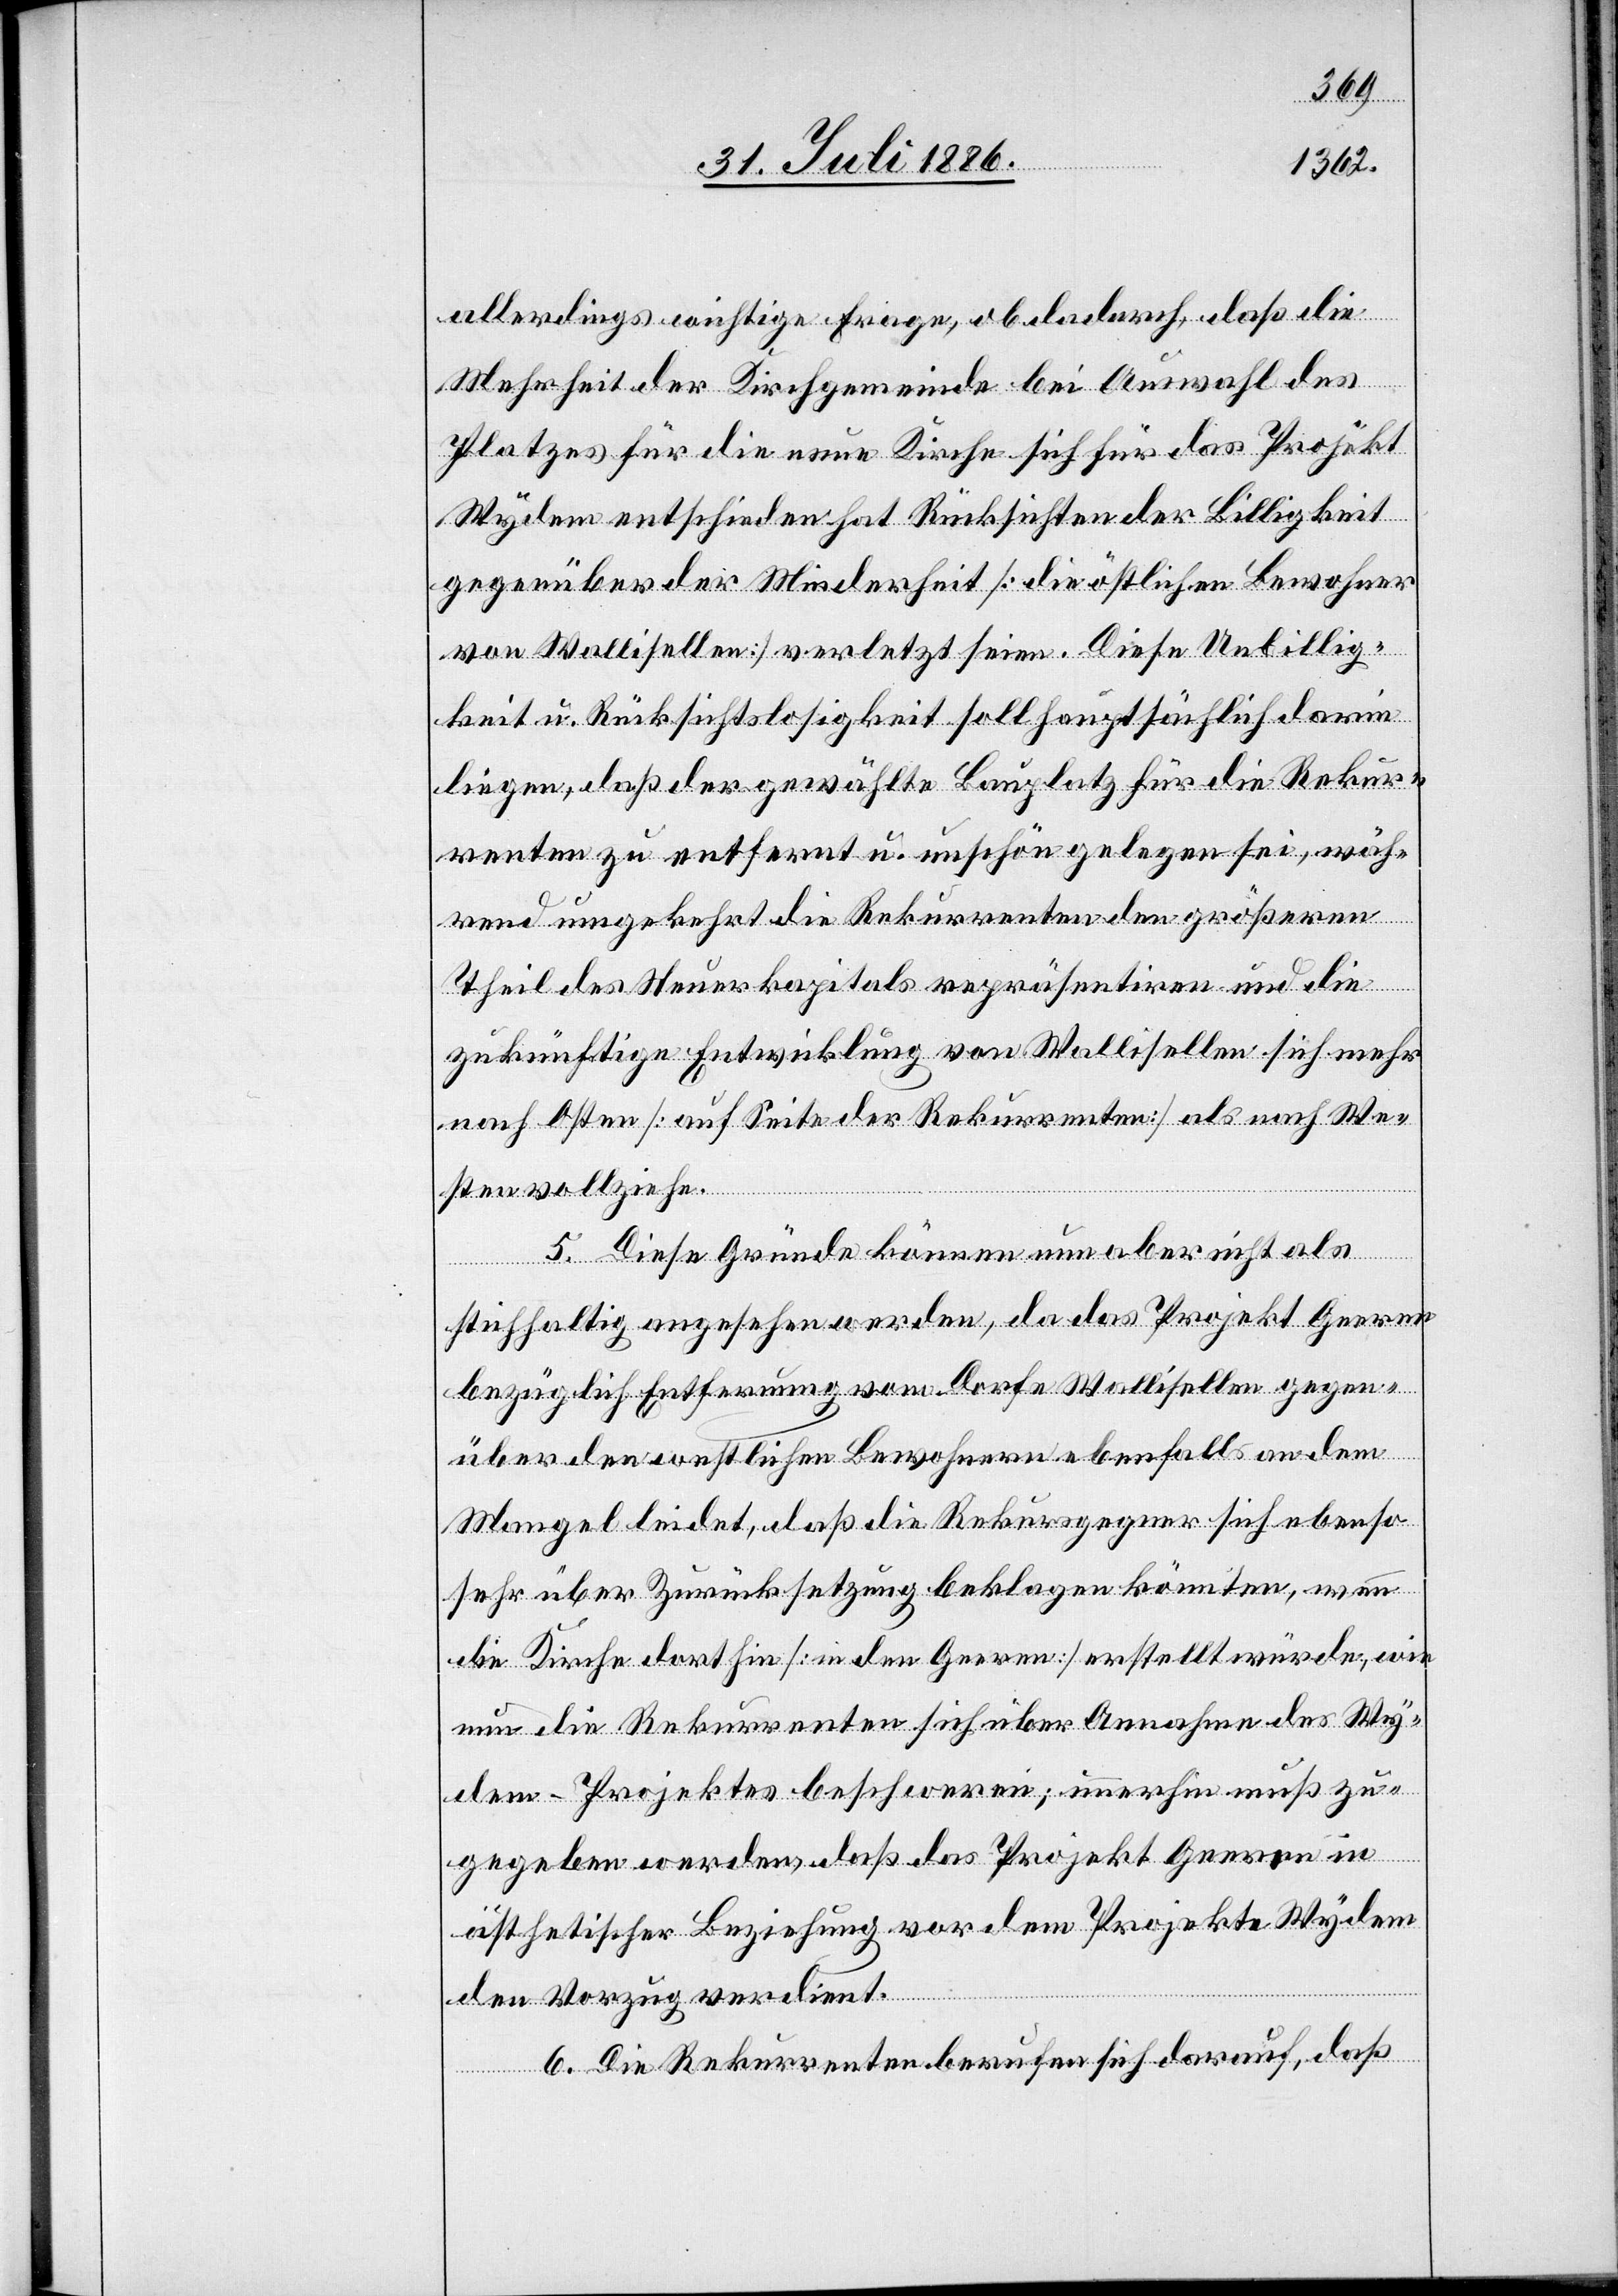
allerdings wichtige Frage, ob dadurch, daß die
Mehrheit der Kirchgemeinde bei Auswahl des
Platzes für die neue Kirche sich für das Projekt
Wydem entschieden hat Rücksichten der Billigkeit
gegenüber der Minderheit [die östlichen Bewohner
von Wallisellen] verletzt seien. Diese Unbillig¬
keit u. Rücksichtslosigkeit soll hauptsächlich darin
liegen, daß der gewählte Bauplatz für die Rekur¬
renten zu entfernt u. unschön gelegen sei, wäh¬
rend umgekehrt die Rekurrenten den größeren
Theil des Steuerkapitals repräsentiren und die
zukünftige Entwicklung von Wallisellen sich mehr
nach Osten [auf Seite der Rekurrenten] als nach We¬
sten vollziehe.
5. Diese Gründe können nun aber nicht als
stichhaltig angesehen werden, da das Projekt Geeren
bezüglich Entfernung vom Dorfe Wallisellen gegen¬
über den westlichen Bewohnern ebenfalls an dem
Mangel leidet, daß die Rekursgegner sich ebenso
sehr über Zurücksetzung beklagen könnten, wenn
die Kirche dorthin [in den Geeren] erstellt würde, wie
nun die Rekurrenten sich über Annahme des Wy¬
dem-Projektes beschweren; immerhin muß zu¬
gegeben werden, daß das Projekt Geeren in
ästhetischer Beziehung vor dem Projekte Wydem
den Vorzug verdient.
6. Die Rekurrenten berufen sich darauf, daß